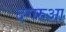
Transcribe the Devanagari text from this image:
दगरुआ